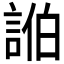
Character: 𮘓